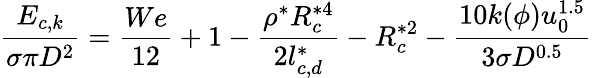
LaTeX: \frac{{{E}_{c,k}}}{\sigma\pi{{D}^{2}}}=\frac{We}{12}+1-\frac{{{\rho}^{*}}R_{c}^{*4}}{2l_{c,d}^{*}}-R_{c}^{*2}-\frac{10k(\phi)u_{0}^{1.5}}{3\sigma{{D}^{0.5}}}